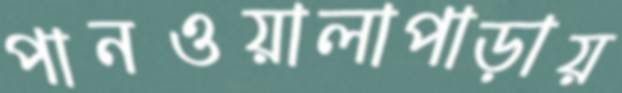
পানওয়ালাপাড়ায়